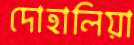
দোহালিয়া